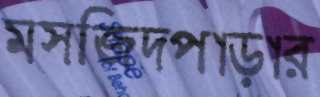
মসজিদপাড়ার